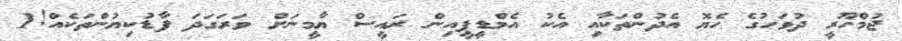
ޖުމްހޫރީ ދުވަހުގެ ހެޔޮ އެދުންތަކާއި އެކު އެމްޑީޕީއިން ރައީސް ޔާމީނަށް ވަރަގަދަ ފާޑުކިޔުންތަކެއް!1